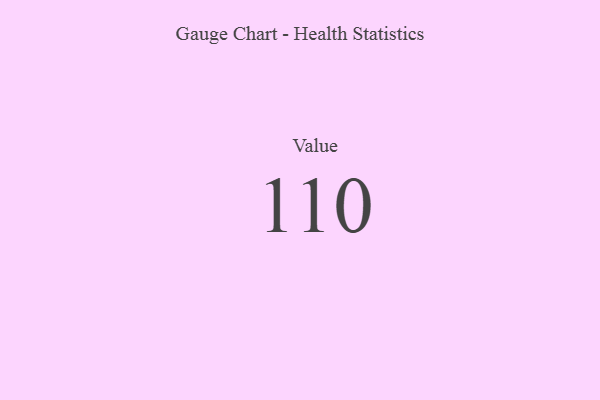
{"axis": {"x": "Metric", "y": "Value"}, "legend": [""], "data": [{"x": "Value", "y": 110, "type": ""}]}